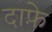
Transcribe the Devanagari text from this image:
दाफ़े